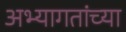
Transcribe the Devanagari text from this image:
अभ्यागतांच्या